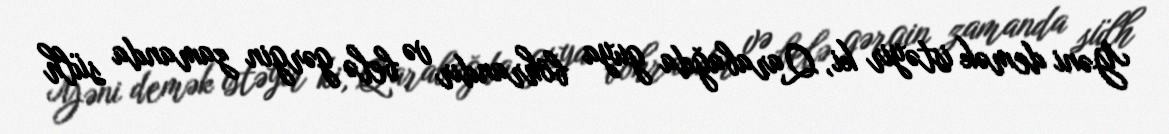
Yəni demək istəyir ki, Qarabağda guya böhrandır və belə gərgin zamanda sülh